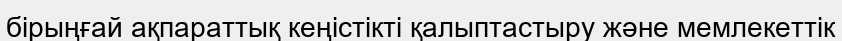
бірыңғай ақпараттық кеңістікті қалыптастыру және мемлекеттік